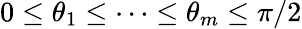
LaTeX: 0\leq\theta_{1}\leq\dots\leq\theta_{m}\leq\pi/2